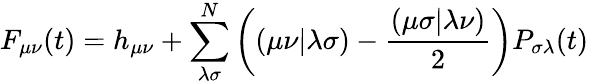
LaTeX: F_{\mu\nu}\! \left(t\right)=h_{\mu\nu}+\sum_{\lambda\sigma}^{N}\left(\left(\mu\nu|\lambda\sigma\right)-\frac{\left(\mu\sigma|\lambda\nu\right)}{2}\right)P_{\sigma\lambda}\! \left(t\right)